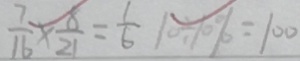
\frac { 7 } { 1 6 } \times \frac { 8 } { 2 1 } = \frac { 1 } { 6 } 1 0 \div 1 0 \% = 1 0 0